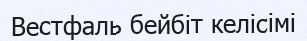
Вестфаль бейбіт келісімі